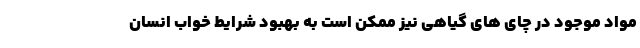
مواد موجود در چای های گیاهی نیز ممکن است به بهبود شرایط خواب انسان